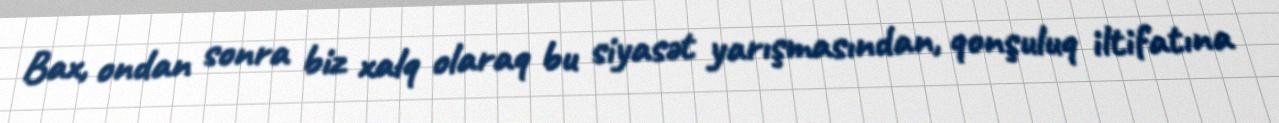
Bax, ondan sonra biz xalq olaraq bu siyasət yarışmasından, qonşuluq iltifatına